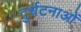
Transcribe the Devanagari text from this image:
दुर्धटनाओं